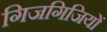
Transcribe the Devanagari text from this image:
गिजगिजियों